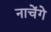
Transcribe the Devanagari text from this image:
नाचेंगे